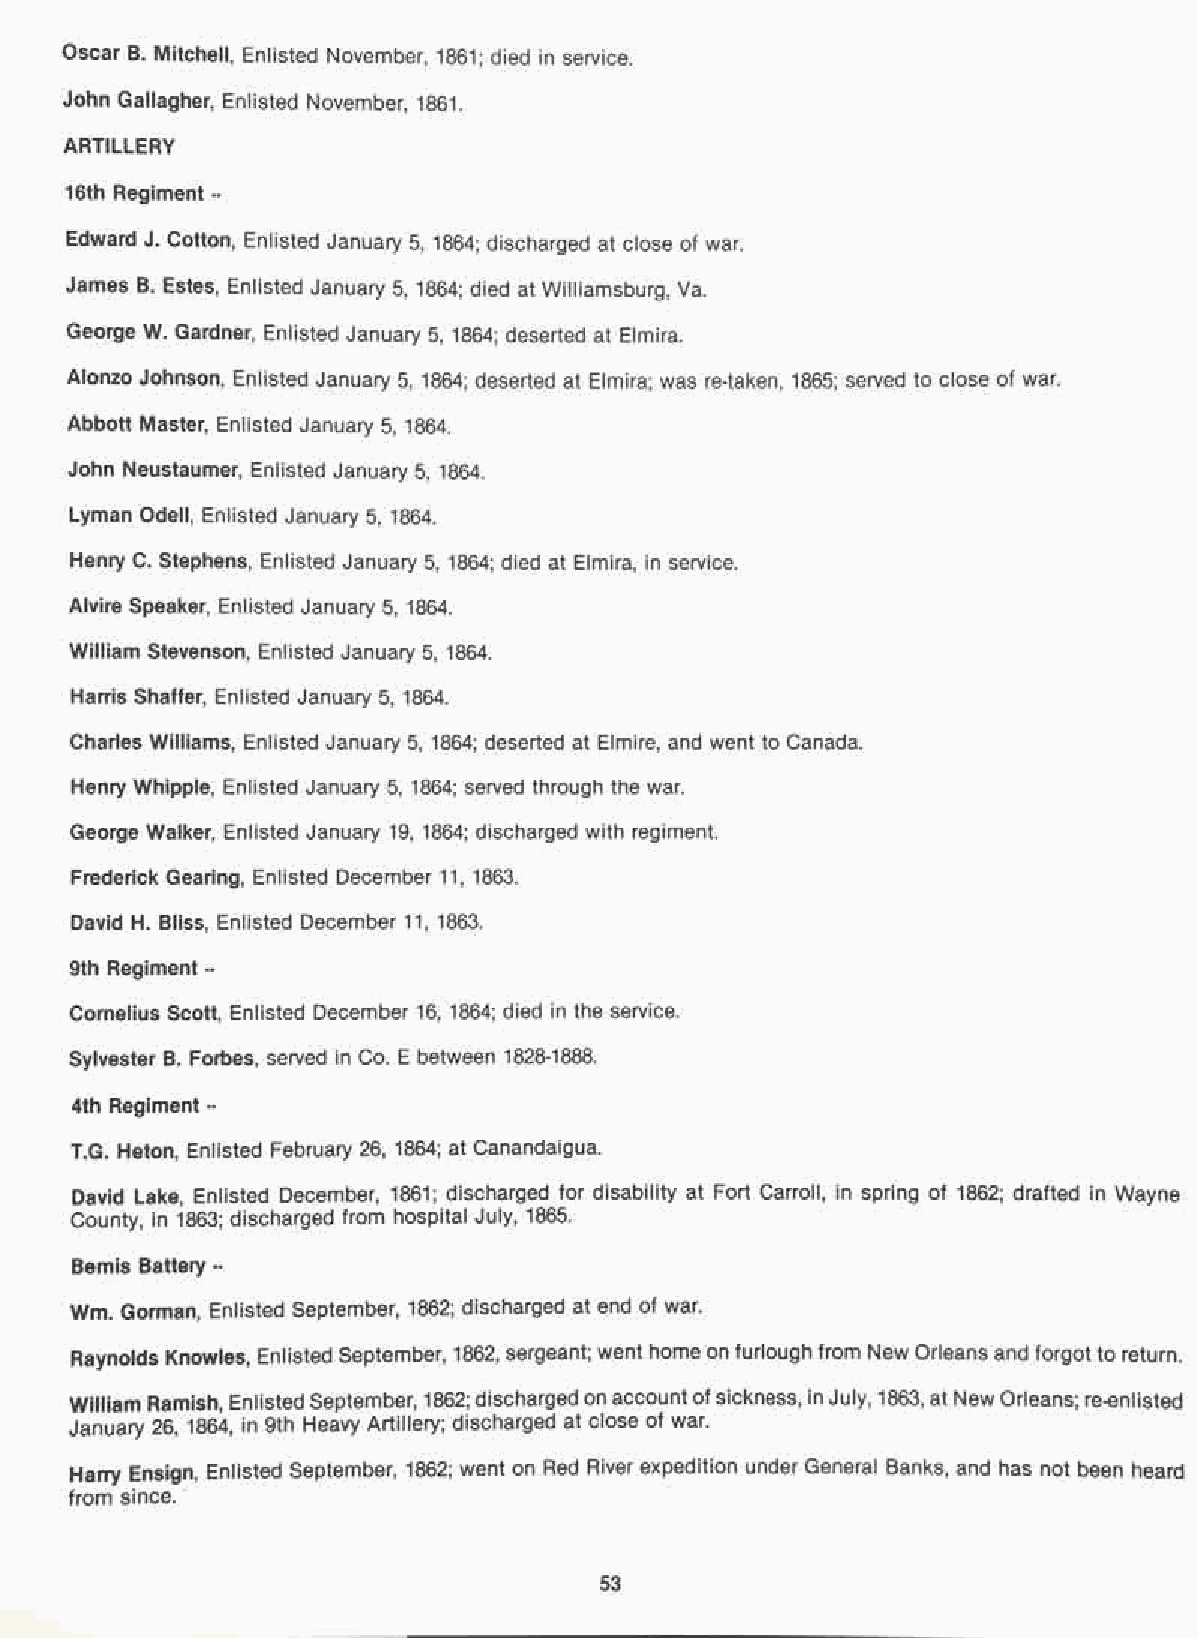
Oscar B. Mitchell, Enlisted November, 1861; died in service.
 John Gallagher, Enlisted November, 1861.
 ARTILLERY
 16th Regiment ..
 Edward J. Cotton, Enlisted January 5, 1864; discharged at close of war.
 James B. Estes, Enlisted January 5, 1864; died at Williamsburg, Va.
 George W. Gardner, Enlisted January 5, 1864; deserted at Elmira.
 Alonzo Johnson, Enlisted January 5, 1864; deserted at Elmira; was re-taken, 1865; served to close of war.
 Abbott Master, Enlisted January 5, 1864.
 John Neustaumer, Enlisted January 5, 1864.
 Lyman Odell, Enlisted January 5, 1864.
 Henry C. Stephens, Enlisted January 5, 1864; died at Elmira, in service.
 Alvire Speaker, Enlisted January 5, 1864.
 William Stevenson, Enlisted January 5, 1864.
 Harris Shaffer, Enlisted January 5, 1864.
 Charles Williams, Enlisted January 5, 1864; deserted at Elmire, and went to Canada.
 Henry Whipple, Enlisted January 5, 1864; served through the war.
 George Walker, Enlisted January 19, 1864; discharged with regiment.
 Frederick Gearing, Enlisted December 11, 1863.
 David H. Bliss, Enlisted December 11, 1863.
 9th Regiment ..
 Cornelius Scott, Enlisted December 16, 1864; died in the service.
 Sylvester B. Forbes, served in Co. E between 1828-1888.
 4th Regiment ..
 T.G. Heton, Enlisted February 26, 1864; at Canandaigua.
 David Lake, Enlisted December, 1861; discharged for disability at Fort Carroll, in spring of 1862; drafted in Wayne
 County, in 1863; discharged from hospital July, 1865.
 Bemis Battery .•
 Wm. Gorman, Enlisted September, 1862; discharged at end of war.
 Raynolds Knowles, Enlisted September, 1862, sergeant; went home on furlough from New Orleans and forgot to return.
 William Ramish, EnlistedSeptember, 1862;discharged on accountofsickness, inJuly, 1863, at NewOrleans; re-enlisted
 January 26, 1864, in 9th Heavy Artillery; discharged at close of war.
 Harry Ensign, Enlisted September, 1862; went on Red River expedition under General Banks, and has not been heard
 from since.:
 53